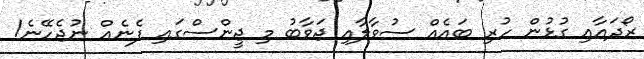
ރޯދައާއި ގުޅުން ހުރި ބައެއް ސުވާލާއި ޖަވާބު މި ޖީންސްގައި ފެނެއް ނުޖެހޭނެ!